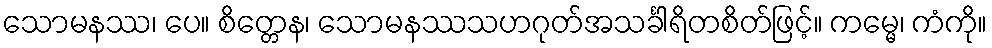
သောမနဿ၊ ပေ။ စိတ္တေန၊ သောမနဿသဟဂုတ်အသင်္ခါရိတစိတ်ဖြင့်။ ကမ္မေ၊ ကံကို။